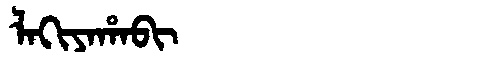
Manchu: ᠯᠠᡴᡳᠶᠠᡥᠠᠪᡳ
Romanization: LAKIYAHABI